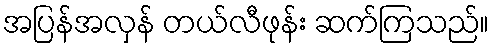
အပြန်အလှန် တယ်လီဖုန်း ဆက်ကြသည်။